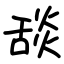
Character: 舕